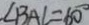
\angle B A C = 6 0 ^ { \circ }